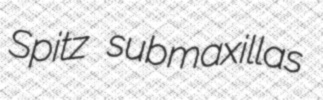
Spitz submaxillas